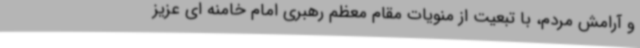
و آرامش مردم، با تبعیت از منویات مقام معظم رهبری امام خامنه ای عزیز